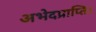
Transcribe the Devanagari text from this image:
अभेदप्राप्ति।